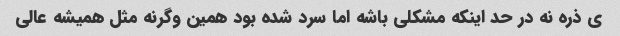
ی ذره نه در حد اینکه مشکلی باشه اما سرد شده بود همین وگرنه مثل همیشه عالی